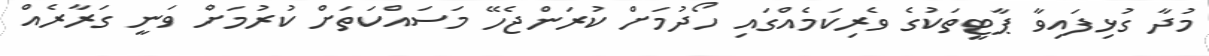
މުދާ ގުޅިފައިވާ ޕާޓީތަކުގެ ވެރިކަމެއްގައި ހޯދުމަށް ކުރަންޖެހޭ މަސައްކަތަށް ކުރުމަށް ވަނީ ގަރާރެއް